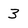
Character: 3